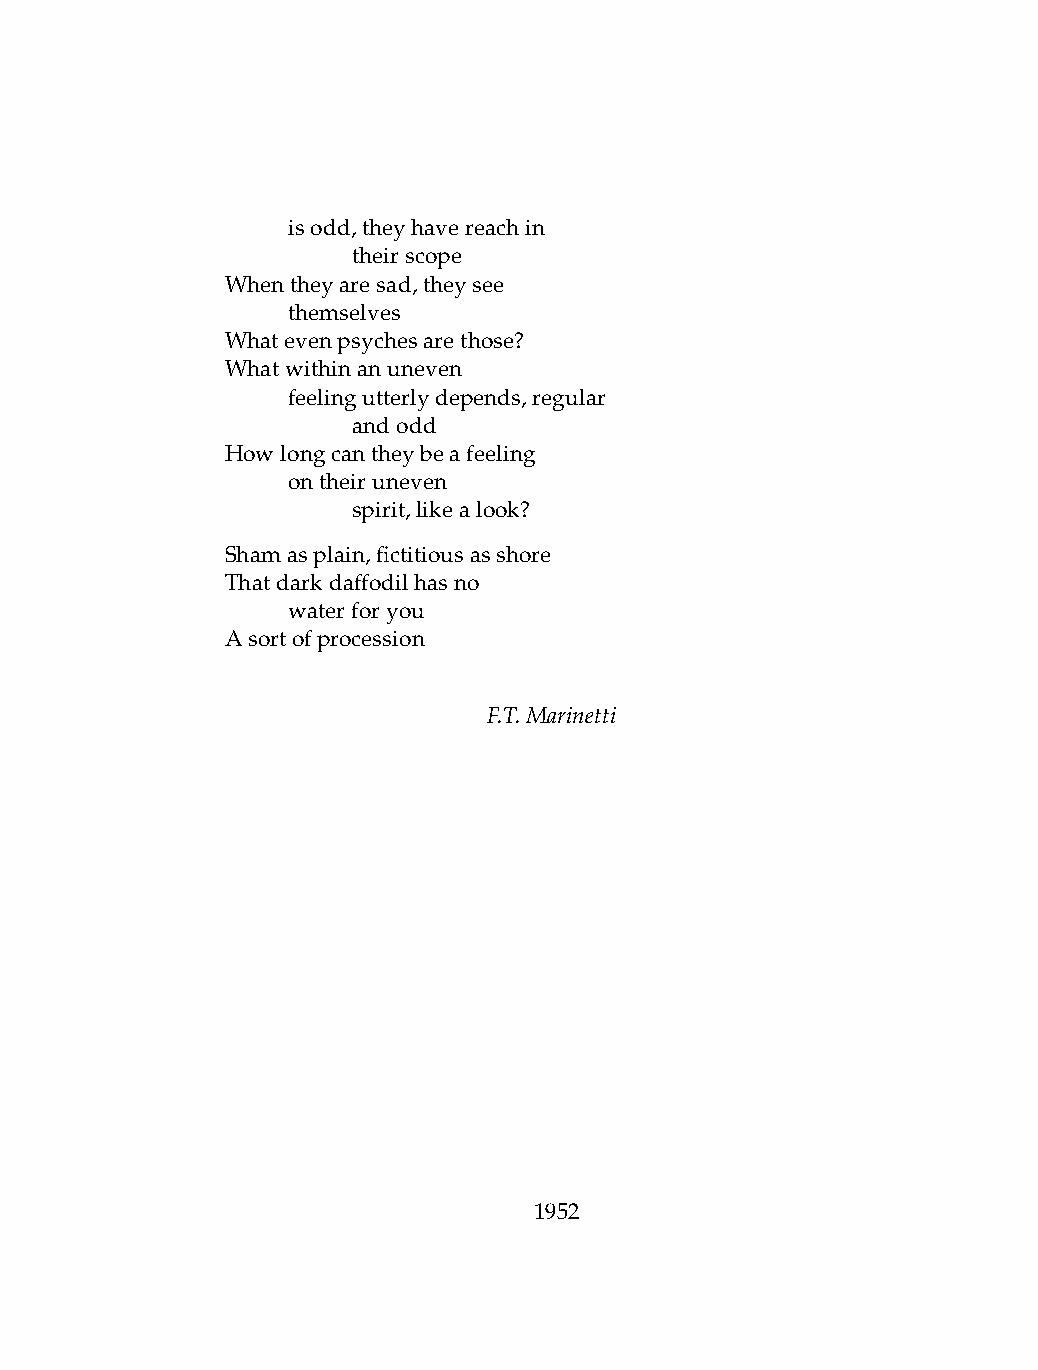
.   isodd,theyhavereachin
 .   .   theirscope
 Whentheyaresad,theysee
 .   themselves
 Whatevenpsychesarethose?
 Whatwithinanuneven
 .   feelingutterlydepends,regular
 .   .   andodd
 Howlongcantheybeafeeling
 .   ontheiruneven
 .   .   spirit,likealook?
 Shamasplain,fictitiousasshore
 Thatdarkdaffodilhasno
 .   waterforyou
 Asortofprocession
 F.T.Marinetti
 1952